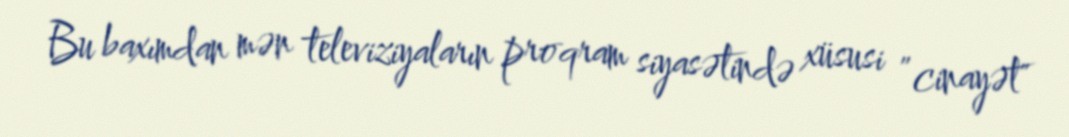
Bu baxımdan mən televiziyaların proqram siyasətində xüsusi ”cinayət"